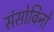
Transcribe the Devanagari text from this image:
संसोविनो